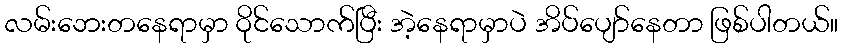
လမ်းဘေးတနေရာမှာ ဝိုင်သောက်ပြီး အဲ့နေရာမှာပဲ အိပ်ပျော်နေတာ ဖြစ်ပါတယ်။